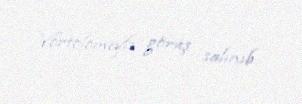
Vortolomeylə görüş salınıb.